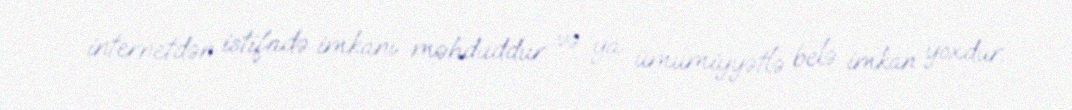
internetdən istifadə imkanı məhduddur və ya ümumiyyətlə belə imkan yoxdur.